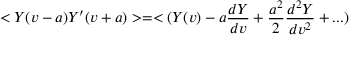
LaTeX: < Y ( v - a ) Y ^ { \prime } ( v + a ) > = < ( Y ( v ) - a { \frac { d Y } { d v } } + { \frac { a ^ { 2 } } { 2 } } { \frac { d ^ { 2 } Y } { d v ^ { 2 } } } + . . . )